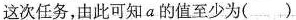
这次任务，由此可知a的值至少为（）